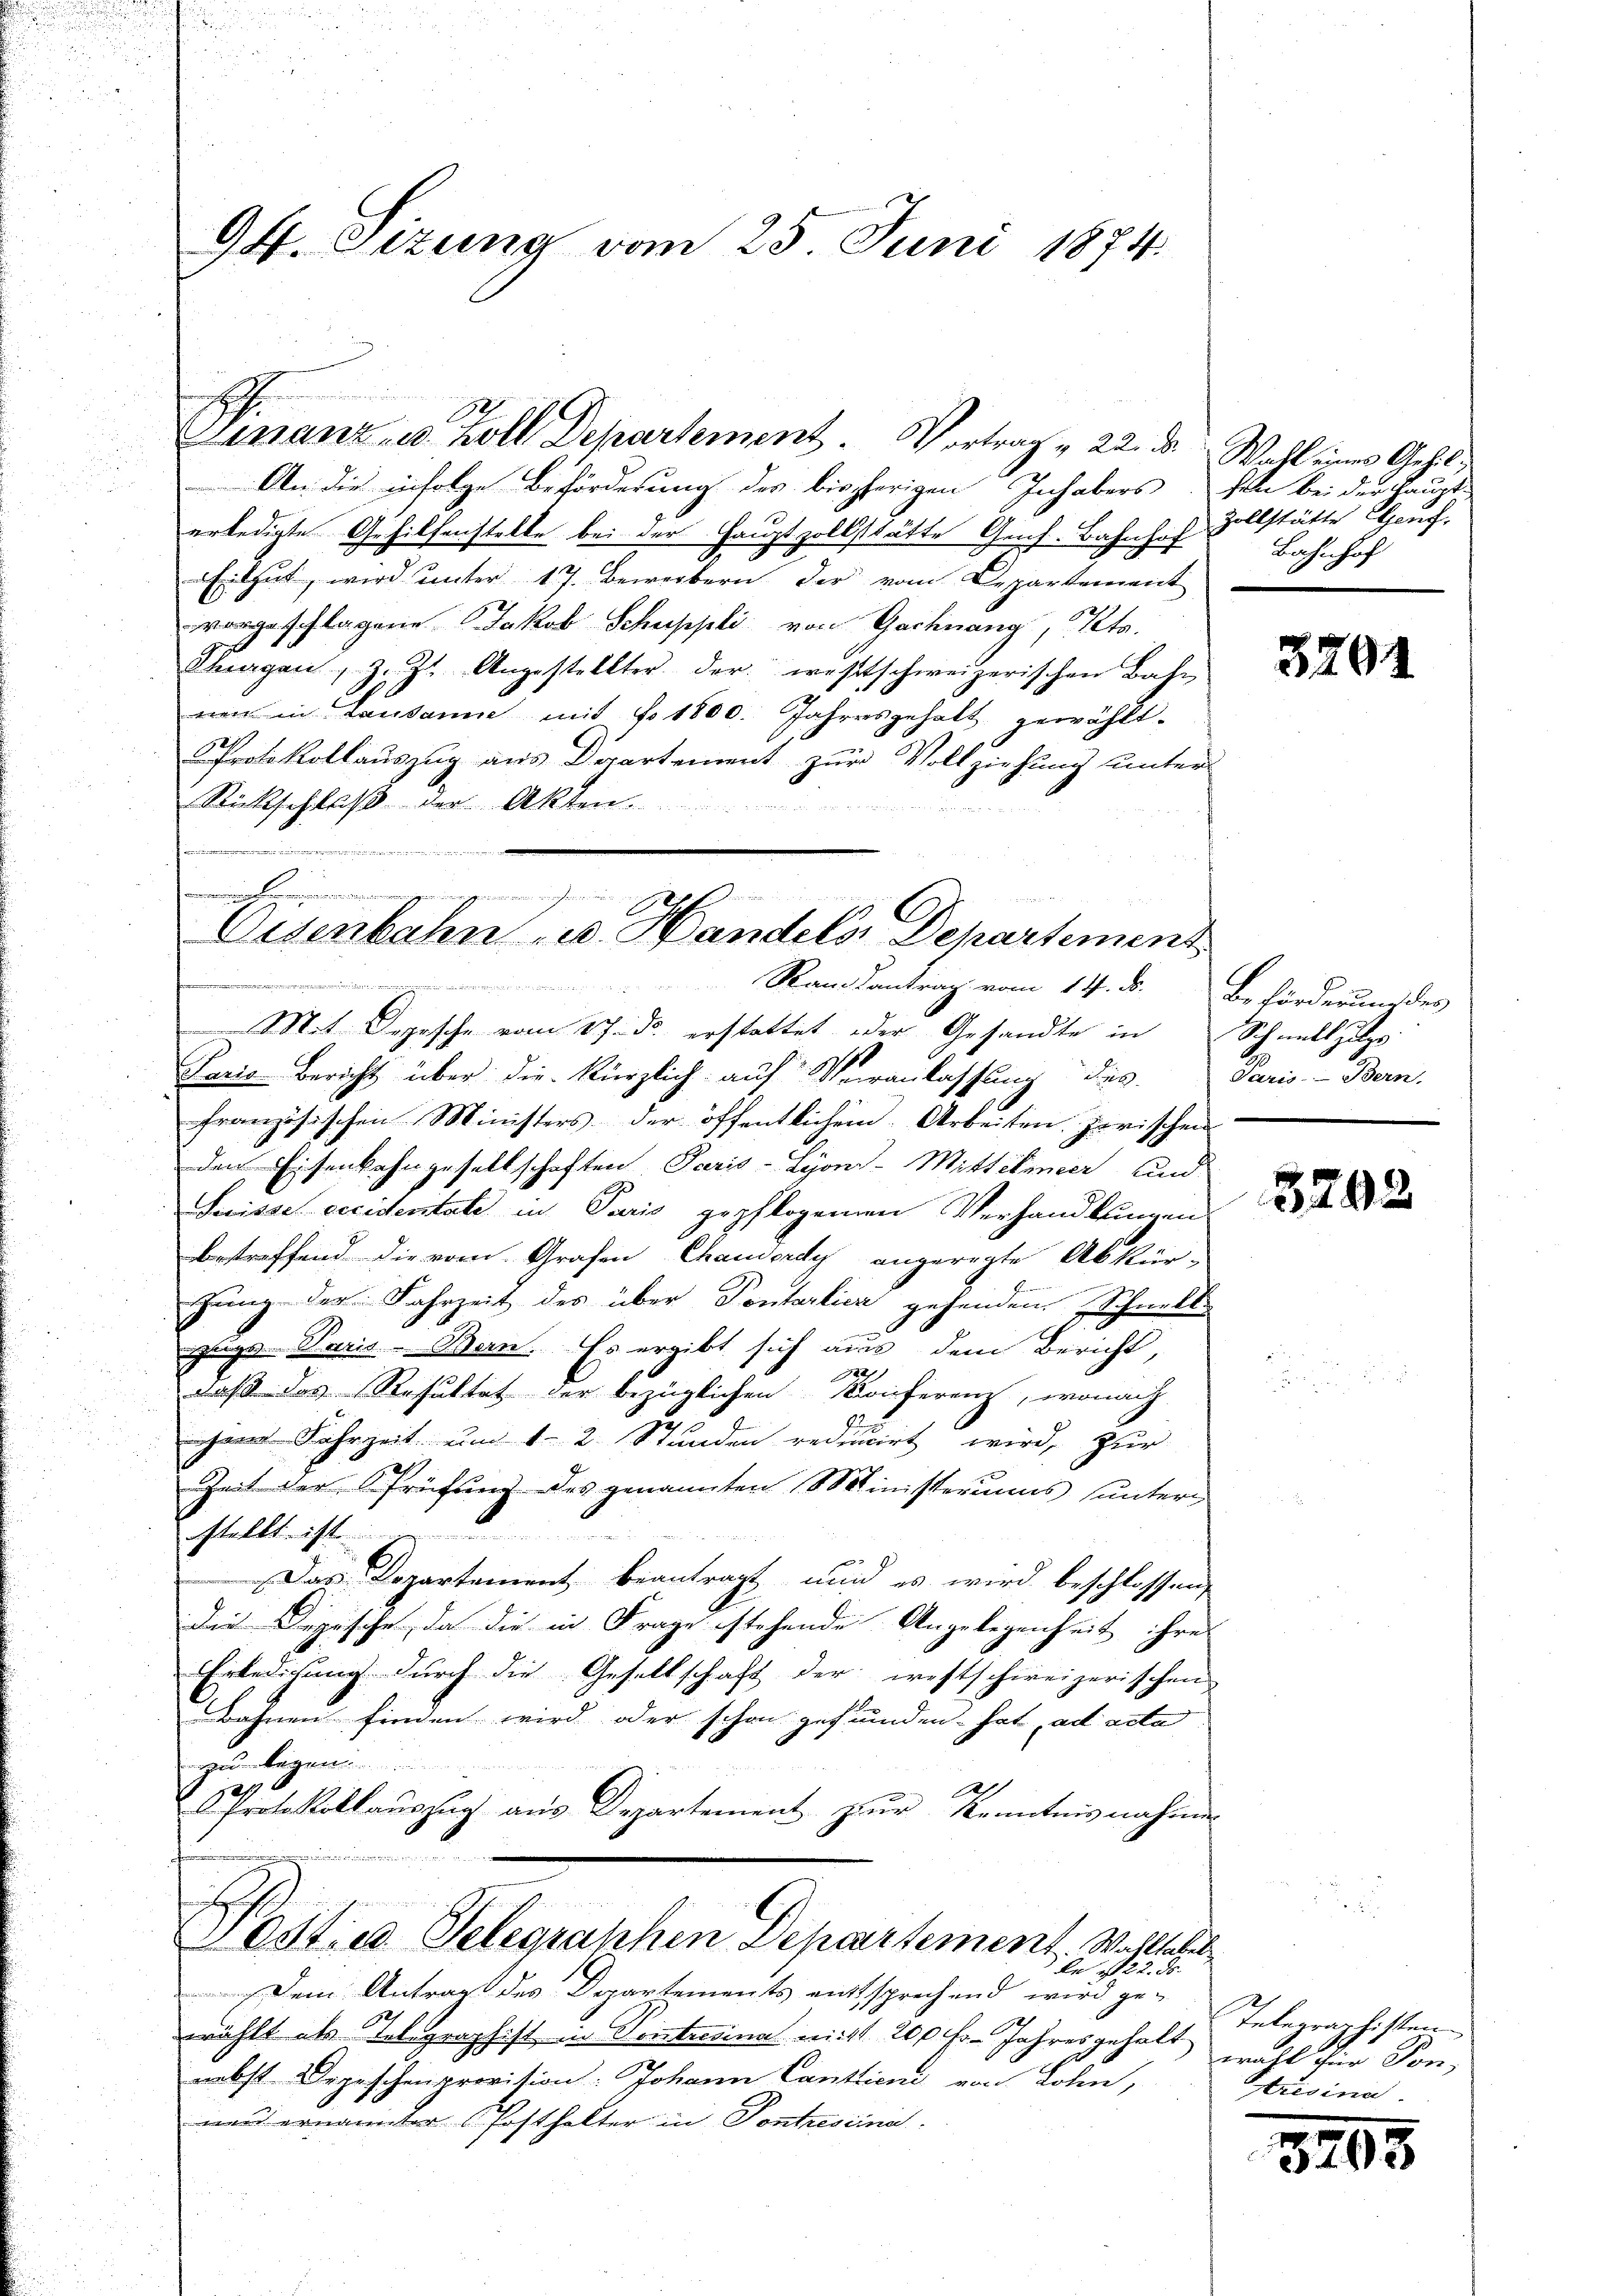
94. Situng vom 25. Juni 1874.

h

Einanz- u. Zoll Departement. Vortrag & 22. d. Wahl eines Gehil¬
An die infolge Beförderung des bisherigen Inhabers, sel bei der Haupt-
erledigte Gehilfenstelle bei der Hauptzollstätte Genf. Bahnhof
Eilgut, wird unter 17. Bewerbern der vom Departement
vorgeschlagene Jakob Schuppli von Gachnang, Kts.
Thurgau, z. Zt. Angestellter der westschweizerischen Bahn
nen in Lausanne mit No. 1800. Jahresgehalt gewählt.
Protokollauszug aus Departement zur Vollziehung unter
Rückschluß der Akten.
Gemeinen
Rankontrag vom 14. d. Beförderung des
Mit Segesche vom 17. ds. erstattet oder Gesandte in Schnellzuge
Pario Bericht über die kürzlich auf Veranlassung des
französischen Ministers der öffentlichen Arbeiten zerischen
den Eisenbahngesellschaften Paris - Lyon-Mitteleier und
Suisse vecidentate in Paris gepflogenen Verhandlungen
bestreffend die vom Grafen Chanderdy angeregte Abkür-
chung der Fahrzeit des über Pontarlier gehenden Schnell
zeige Paris Bern. Es ergibt sich aus dem Bericht,
)
daß das Resultat der bezüglichen Konferenz, wonach
3
chem Fahrzeit um 12 Stunden reducirt wird, zur
Zeit der Prüfung des genannten Ministeriums unter
stellt ist
Das Departement beantragt, und es wird beschlossen,
Die Depesche, da die in Frage stehende Angelegenheit ihre
Erledigung durch die Gesellschaft der westschweizerischen
Bahnen finden wird oder schon gefunden hat, ad acta
zu legen
1
I
 Protokollauszug aus Departement zur Kenntnisnahmen
.
e
esties Telegraphen Departement. Wahltabel
le Nr. 2. d.
Dem Antrag des Departements entsprechend wird ge-
wählt als Telegraphist in Contrisina mit 200 Fr. Jahresgehalt so für Ton,
nebst Depeschenprovision: Johann Cantricui von Lohn,
neu ernannter Posthalter in Contresima.

Eisenbahn u. Handels Departement

Zollstätte Genf,
Bahnhof

3201

Paris Bern,

3792

Telegraphisten.
esinn

3195